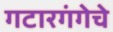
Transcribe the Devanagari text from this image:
गटारगंगेचे